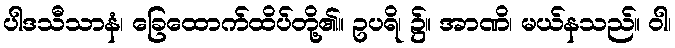
ပါဒသီသာနံ၊ ခြေထောက်ထိပ်တို့၏။ ဥပရိ၊ ၌။ အာဏိ၊ မယ်နသည်။ ဝါ၊